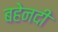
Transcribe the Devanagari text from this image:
बहेनदी